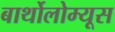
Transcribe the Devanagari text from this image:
बार्थोलोम्यूस